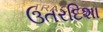
ઉતરદિશા